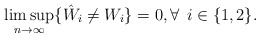
\begin{align*} \limsup_{n \rightarrow \infty} \{\hat{W}_{i} \neq W_{i}\}=0, \forall\:\: i \in \{1,2\}. \end{align*}